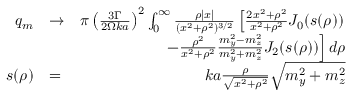
\begin{array} { r l r } { q _ { m } } & { \to } & { \pi \left( \frac { 3 \Gamma } { 2 \Omega k a } \right) ^ { 2 } \int _ { 0 } ^ { \infty } \frac { \rho | x | } { ( x ^ { 2 } + \rho ^ { 2 } ) ^ { 3 / 2 } } \left[ \frac { 2 x ^ { 2 } + \rho ^ { 2 } } { x ^ { 2 } + \rho ^ { 2 } } J _ { 0 } ( s ( \rho ) ) \right. } \\ & { \null } & { \left. - \frac { \rho ^ { 2 } } { x ^ { 2 } + \rho ^ { 2 } } \frac { m _ { y } ^ { 2 } - m _ { z } ^ { 2 } } { m _ { y } ^ { 2 } + m _ { z } ^ { 2 } } J _ { 2 } ( s ( \rho ) ) \right] d \rho } \\ { s ( \rho ) } & { = } & { k a \frac { \rho } { \sqrt { x ^ { 2 } + \rho ^ { 2 } } } \sqrt { m _ { y } ^ { 2 } + m _ { z } ^ { 2 } } } \end{array}